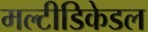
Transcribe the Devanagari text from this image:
मल्टीडिकेडल